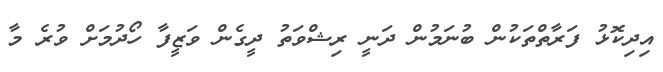
އިދިކޮޅު ފަރާތްތަކުން ބުނަމުން ދަނީ ރިޝްވަތު ދީގެން ވަޒީފާ ހޯދުމަށް ވުރެ މާ